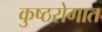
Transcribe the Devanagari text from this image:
कुष्ठरोगात